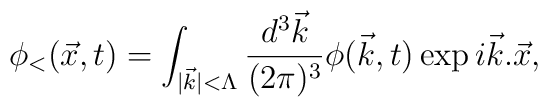
\phi_<(\vec x, t) = \int_{\vert \vec k\vert < \Lambda} {d^3\vec k\over{(2 \pi)^3}} \phi(\vec k, t) \exp{i \vec k . \vec x},